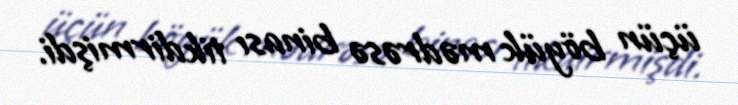
üçün böyük mədrəsə binası tikdirmişdi.